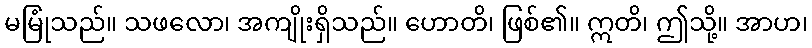
မမြုံသည်။ သဖလော၊ အကျိုးရှိသည်။ ဟောတိ၊ ဖြစ်၏။ ဣတိ၊ ဤသို့။ အာဟ၊